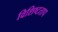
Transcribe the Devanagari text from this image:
विशिष्टताप